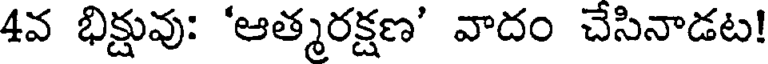
4వ భిక్షువు: 'ఆత్మరక్షణ' వాదం చేసినాడట!